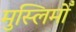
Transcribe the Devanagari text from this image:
मुस्लिमोँ